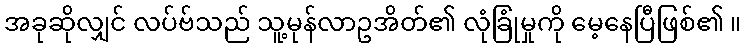
အခုဆိုလျှင် လပ်ဗ်သည် သူ့မုန်လာဥအိတ်၏ လုံခြုံမှုကို မေ့နေပြီဖြစ်၏ ။